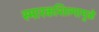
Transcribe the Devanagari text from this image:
स्मारकशिल्पामुळे